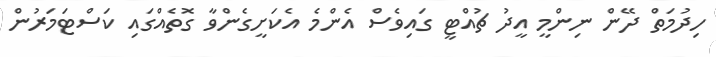
ހިދުމަތް ދޭން ނިންމީ އީދު ޗުއްޓީ ގައިވެސް އެންމެ އެކަށީގެންވާ ގޮތެއްގައި ކަސްޓަމަރުން